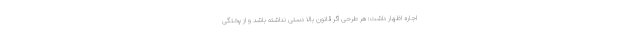
اجاره اظهار داشت: هر طرحی اگر قانون بالا دستی نداشته باشد و از پختگی